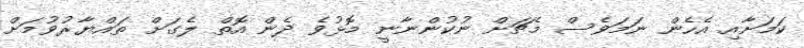
ކަމަށާއި އެހެން ނަމަވެސް މެޗަށް ނުކުންނާނީ މޮޅުވެ ދެން އޮތް ލެގަށް ތައްޔާރުވުމަށް